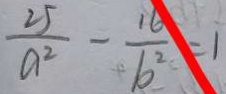
\frac { 2 5 } { a ^ { 2 } } - \frac { 1 6 } { b ^ { 2 } } = 1